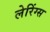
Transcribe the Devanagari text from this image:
लेरिंग्स